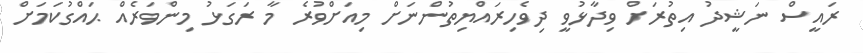
ރައީސް ނަޝީދު އިތުރަށް ވިދާޅުވީ ދިވެހިރައްޔިތުންނަށް މިއަށްވުރެ މާ ރަގަޅު މިންވަރެއް ޙައްގުކަމަށް